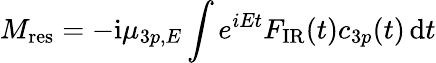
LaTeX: M_{\mathrm{{res}}}=-\mathrm i\mu_{3p,E}\int e^{iEt}F_{\mathrm{{IR}}}(t)c_{3p}(t)\, \mathrm dt